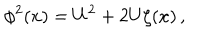
LaTeX: \phi ^ { 2 } ( x ) = U ^ { 2 } + 2 U \zeta ( x ) \, ,